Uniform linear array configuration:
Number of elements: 64
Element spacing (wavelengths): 1
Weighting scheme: kaiser
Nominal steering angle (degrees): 30
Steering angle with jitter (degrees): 31.614
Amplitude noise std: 0.05
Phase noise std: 0.05

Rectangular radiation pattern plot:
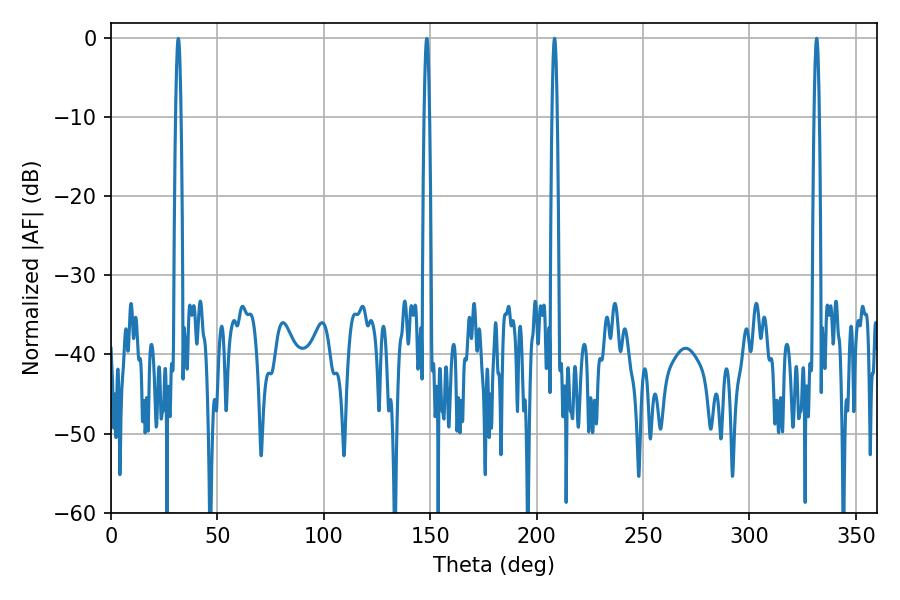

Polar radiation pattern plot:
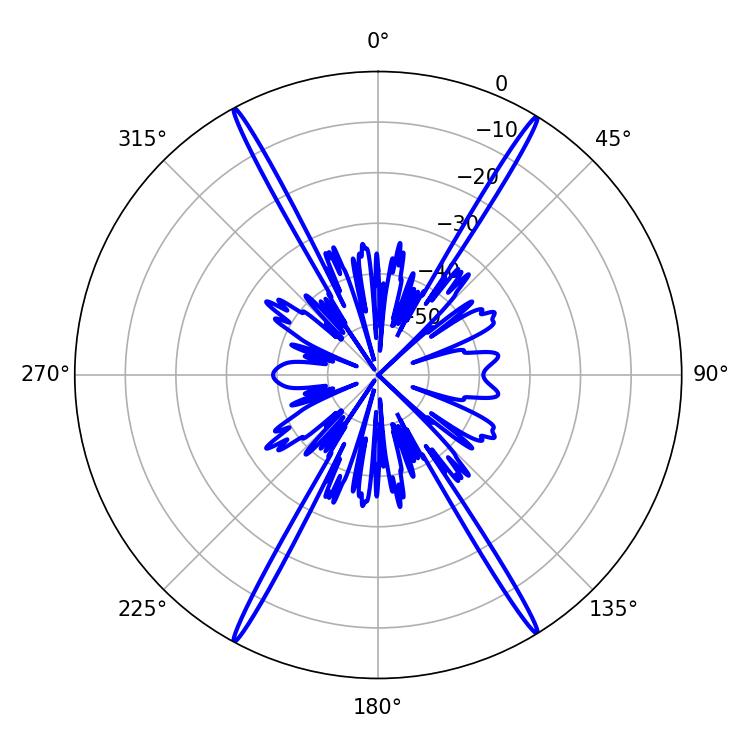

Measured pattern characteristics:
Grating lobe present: TRUE
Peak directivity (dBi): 27.463
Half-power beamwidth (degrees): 1.26
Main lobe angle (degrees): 331.56